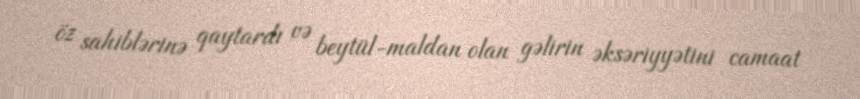
öz sahiblərinə qaytardı və beytül-maldan olan gəlirin əksəriyyətini camaat